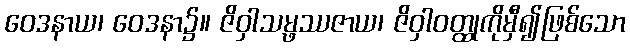
ဝေဒနာယ၊ ဝေဒနာ၌။ ဇိဝှါသမ္ဖဿဇာယ၊ ဇိဝှါဝတ္ထုကိုမှီ၍ဖြစ်သော